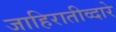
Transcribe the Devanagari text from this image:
जाहिरातीव्दारे